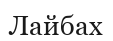
Лайбах